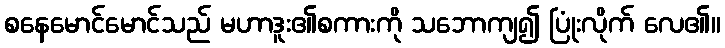
စနေမောင်မောင်သည် မဟာဒူး၏စကားကို သဘောကျ၍ ပြုံးလိုက် လေ၏။